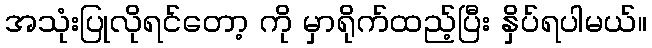
အသုံးပြုလိုရင်တော့ ကို မှာရိုက်ထည့်ပြီး နှိပ်ရပါမယ်။